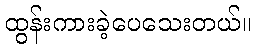
ထွန်းကားခဲ့ပေသေးတယ်။